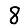
Digit: 8